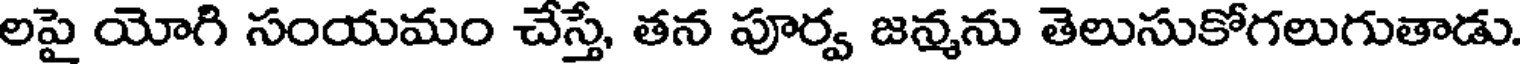
లపై యోగి సంయమం చేస్తే, తన పూర్వ జన్మను తెలుసుకోగలుగుతాడు